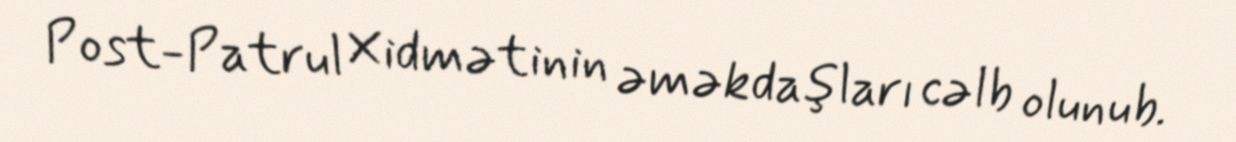
Post-Patrul Xidmətinin əməkdaşları cəlb olunub.